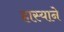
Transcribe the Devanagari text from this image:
हास्याने